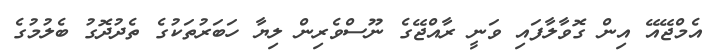
އެމްޖޭއޭ އިން ގޮވާލާފައި ވަނީ ރާއްޖޭގެ ނޫސްވެރިން ލިޔާ ހަބަރުތަކުގެ ތެދުދޮގު ބެލުމުގެ